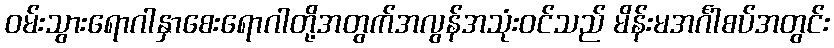
ဝမ်းသွားရောဂါနှာစေးရောဂါတို့အတွက်အလွန်အသုံးဝင်သည် မိန်းမအင်္ဂါစပ်အတွင်း